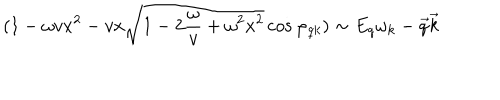
LaTeX: ( 1 - \omega v x ^ { 2 } - v x \sqrt { 1 - 2 { \frac { \omega } { v } } + \omega ^ { 2 } x ^ { 2 } } \cos \varphi _ { q k } ) \sim E _ { q } \omega _ { k } - \vec { q } \vec { k }